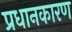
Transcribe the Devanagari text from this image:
प्रधानकारण